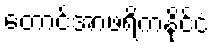
တောင်အာဖရိကနိုင်ငံ